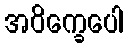
အဝိက္ခေပေါ